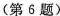
(第6题)